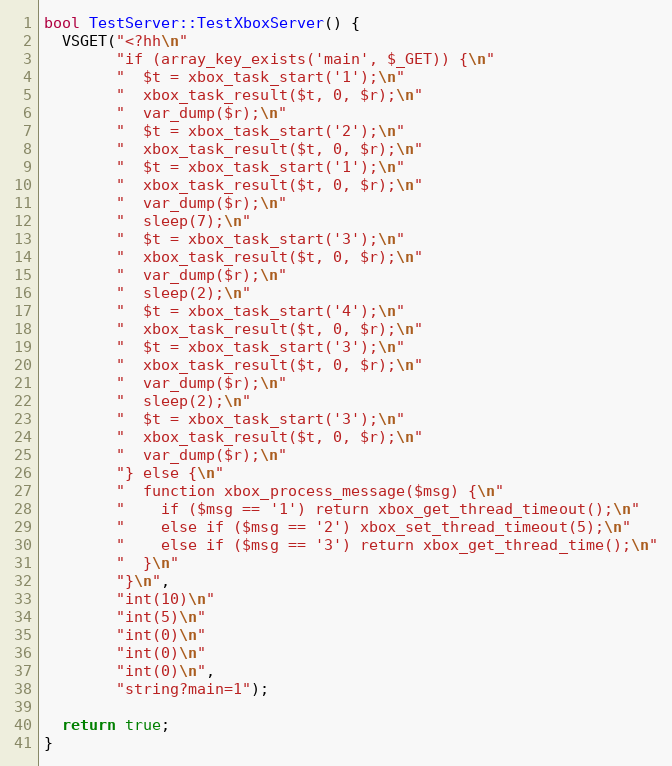
Language: C++
bool TestServer::TestXboxServer() {
  VSGET("<?hh\n"
        "if (array_key_exists('main', $_GET)) {\n"
        "  $t = xbox_task_start('1');\n"
        "  xbox_task_result($t, 0, $r);\n"
        "  var_dump($r);\n"
        "  $t = xbox_task_start('2');\n"
        "  xbox_task_result($t, 0, $r);\n"
        "  $t = xbox_task_start('1');\n"
        "  xbox_task_result($t, 0, $r);\n"
        "  var_dump($r);\n"
        "  sleep(7);\n"
        "  $t = xbox_task_start('3');\n"
        "  xbox_task_result($t, 0, $r);\n"
        "  var_dump($r);\n"
        "  sleep(2);\n"
        "  $t = xbox_task_start('4');\n"
        "  xbox_task_result($t, 0, $r);\n"
        "  $t = xbox_task_start('3');\n"
        "  xbox_task_result($t, 0, $r);\n"
        "  var_dump($r);\n"
        "  sleep(2);\n"
        "  $t = xbox_task_start('3');\n"
        "  xbox_task_result($t, 0, $r);\n"
        "  var_dump($r);\n"
        "} else {\n"
        "  function xbox_process_message($msg) {\n"
        "    if ($msg == '1') return xbox_get_thread_timeout();\n"
        "    else if ($msg == '2') xbox_set_thread_timeout(5);\n"
        "    else if ($msg == '3') return xbox_get_thread_time();\n"
        "  }\n"
        "}\n",
        "int(10)\n"
        "int(5)\n"
        "int(0)\n"
        "int(0)\n"
        "int(0)\n",
        "string?main=1");

  return true;
}